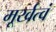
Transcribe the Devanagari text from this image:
मूर्खत्वं